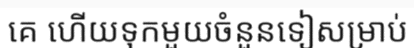
គេ ហើយទុកមួយចំនួនទៀសម្រាប់